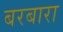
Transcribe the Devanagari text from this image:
बरबारा